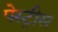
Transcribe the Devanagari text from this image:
पेस्ट्रीस